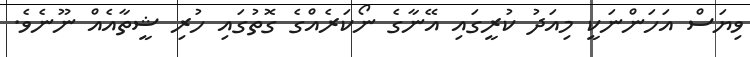
ވިޔަސް އަހަންނަކީ މިއަދު ކުރީގައި އޭނާގެ ނޯކަރެއްގެ ގޮތުގައި ހުރި ޝީތާއެއް ނޫނެވެ.